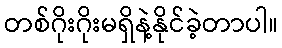
တစ်ဂိုးဂိုးမရှိနဲ့နိုင်ခဲ့တာပါ။